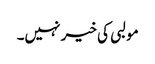
مولبی کی خیر نہیں۔